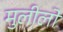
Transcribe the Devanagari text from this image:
मुलीलो